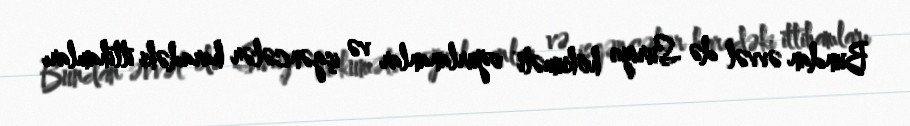
Bundan əvvəl də Suriya hökuməti oğurlananlar və işgəncələr haradəki ittihamları